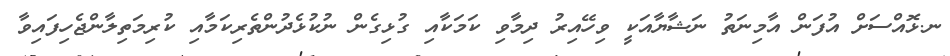
ނ.ޅޮއްސަށް އުފަން އާމިނަތު ނަޝާޔާއަކީ ވިހޭއިރު ދިމާވި ކަމަކާއި ގުޅިގެން ނުކުޅެދުންތެރިކަމާއި ކުރިމަތިލާންޖެހިފައިވާ